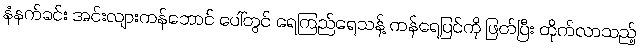
နံနက်ခင်း အင်းလျားကန်ဘောင် ပေါ်တွင် ရေကြည်ရေသန့် ကန်ရေပြင်ကို ဖြတ်ပြီး တိုက်လာသည့်